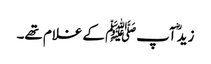
زیدؓ آپﷺ کے غلام تھے۔